Leaving Certificate Examination, 1907
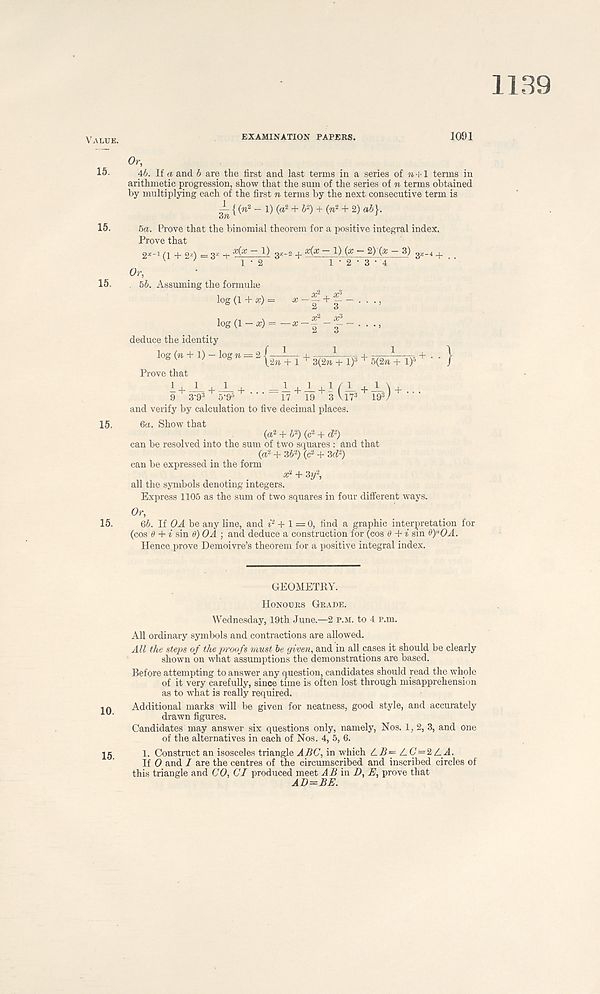
1139
Value.
15.
15.
15.
15.
15.
10.
15.
EXAMINATION PAPERS.
1091
Or,
46. If a and b are the first and last terms in a series of n -l-1 terms in
arithmetic progression, show that the sum of the series of n terms obtained
by multiplying each of the first n terms by the next consecutive term is
3n {^ + + ^ + 2) ai }'
5a. Prove that the binomial theorem for a positive integral index.
Prove that
gx-i Q 2%) = 3* + ~ ^^ 3*- 2 + ~ 1) (^ *~ (# ~ 3) g a . _ 4
V
1’2
1 ' 2 ‘ 3 ' 4
Or,
. 5b. Assuming the formula
log (1 + *) - * - f* + “ • • • >
deduce the identity
log (rc + 1) — log rc = 2
+ 3( 2n + if + 5(2n + l) 5 + ‘ ' }
Prove that
1 + J- + J-+ =i + J_ + !(J_+JLU...
9 3-9 3 5-9 6
17 19 3 Vl7 3 19 3 /
and verify by calculation to five decimal places.
6a. Show that
(a 2 + 6 2 ) (c 2 + tf' )
can be resolved into the sum of two squares : and that
(a 2 + 36 2 ) (c 2 + 3rf 2 )
can be expressed in the form x 2 + 3y 2 ,
all the symbols denoting integers.
Express 1105 as the sum of two squares in four different ways.
Or,
6b. If OA be any line, and t 2 + 1 = 0, find a graphic interpretation for
(cos 6 + i sin 6) OA ; and deduce a construction for (cos 6 + i sin 0)"OA.
Hence prove Demoivre’s theorem for a positive integral index.
GEOMETRY.
Honours Grade.
Wednesday, 19th June.—2 p.m. to 4 p.m.
All ordinary symbols and contractions are allowed.
All the steps of the proofs must be given, and in all cases it should be clearly
shown on what assumptions the demonstrations are based.
Before attempting to answer any question, candidates should read the whole
of it very carefully, since time is often lost through misapprehension
as to what is really required.
Additional marks will be given for neatness, good style, and accurately
drawn figures.
Candidates may answer six questions only, namely, Nos. 1, 2, 3, and one
of the alternatives in each of Nos. 4, 5, 6.
1. Construct an isosceles triangle ABC, in which A-5= /_C=2/L A.
If 0 and I are the centres of the circumscribed and inscribed circles of
this triangle and CO, Cl produced meet AB in D, E, prove that
AD=BE.